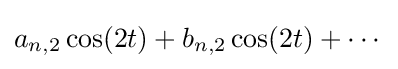
a_{n,2}\cos(2t)+b_{n,2}\cos(2t)+\cdots